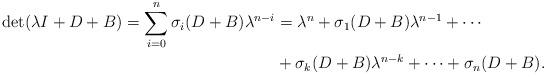
\begin{align*}\det(\lambda I+D+B)=\sum_{i=0}^n\sigma_{i}(D+B)\lambda^{n-i}&=\lambda^n+\sigma_{1}(D+B)\lambda^{n-1}+\cdots\\&+\sigma_{k}(D+B)\lambda^{n-k}+\cdots+\sigma_{n}(D+B).\end{align*}